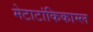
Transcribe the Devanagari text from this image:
मेटाटांकिकाम्ल